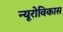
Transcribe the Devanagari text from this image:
न्यूरोविकास